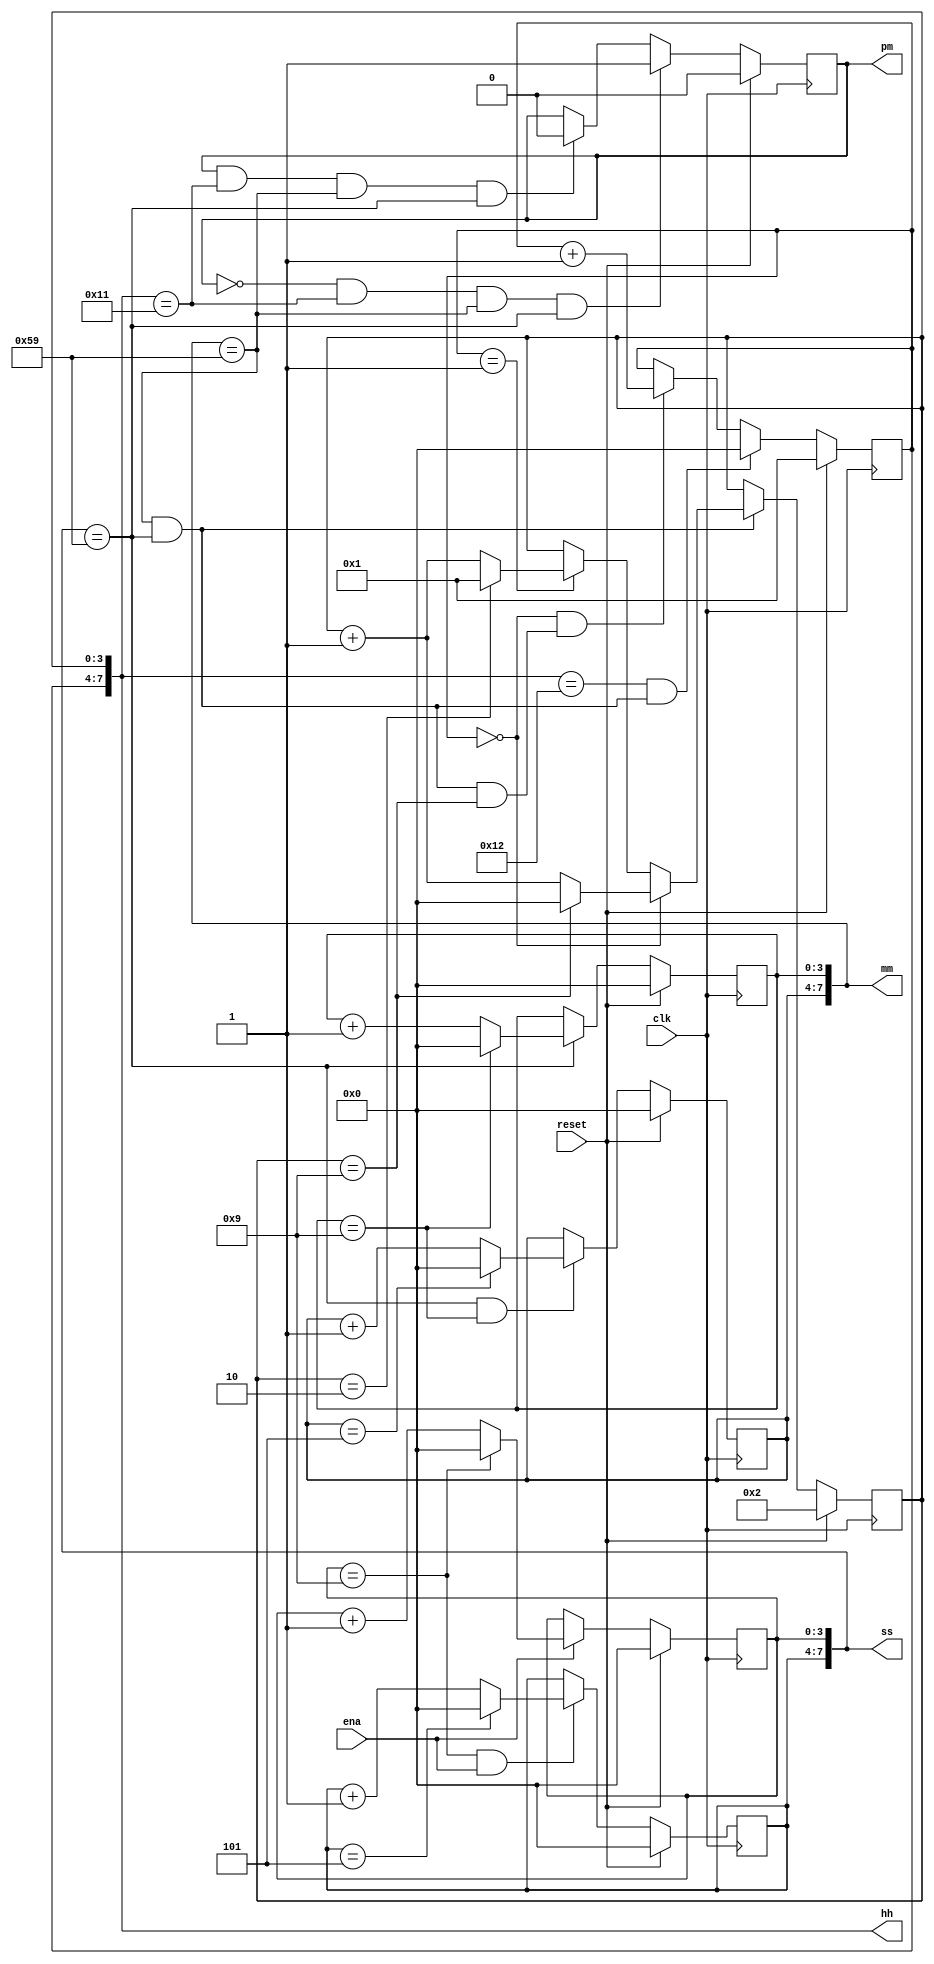
module count_clock(
    input 					clk,
    input 					reset,
    input 					ena,
    output reg 				pm,
    output reg [7:0] 		hh,
    output reg [7:0] 		mm,
    output reg [7:0] 		ss
);// 

    //ss cnt
    wire ss_en_l;
    wire ss_en_h;
    
    assign ss_en_l = ena;
    assign ss_en_h = (ss[3:0] == 4'b1001) && ena;
    
    always @(posedge clk) begin
        if (reset) begin
            ss[3:0] <= 4'h0;
        end else if (ss_en_l) begin
            if (ss[3:0] == 4'b1001)
                ss[3:0] <= 4'd0;
            else 
                ss[3:0] <= ss[3:0] + 1'b1;
        end
    end
    
    always @(posedge clk) begin
        if (reset) begin
            ss[7:4] <= 4'h0;
        end else if (ss_en_h) begin
            if (ss[7:4] == 4'b0101)
                ss[7:4] <= 4'd0;
            else 
                ss[7:4] <= ss[7:4] + 1'b1;
        end
    end
    
    // mm cnt
    wire mm_en_l;
    wire mm_en_h;
    
    assign mm_en_l = ss[7:0] == 8'h59;
    assign mm_en_h = ss[7:0] == 8'h59 && (mm[3:0] == 4'h9);
    
    always @(posedge clk) begin
        if (reset) begin
            mm[3:0] <= 4'h0;
        end else if (mm_en_l) begin
            if (mm[3:0] == 4'b1001)
                mm[3:0] <= 4'd0;
            else 
                mm[3:0] <= mm[3:0] + 1'b1;
        end
    end
    
    always @(posedge clk) begin
        if (reset) begin
            mm[7:4] <= 4'h0;
        end else if (mm_en_h) begin
            if (mm[7:4] == 4'b0101)
                mm[7:4] <= 4'd0;
            else 
                mm[7:4] <= mm[7:4] + 1'b1;
        end
    end   
    
    //hh cnt
    wire hh_en_l;
    wire hh_en_h;
    
    assign hh_en_l = (mm==8'h59) && (ss==8'h59);
    assign hh_en_h = (mm==8'h59) && (ss==8'h59) && (hh[3:0]==4'b1001);
    
    always @(posedge clk) begin
        if (reset) begin
            hh[3:0] <= 4'h2;
        end else if (hh_en_l) begin
            if (hh[7:4] == 4'd0) begin
            	if (hh[3:0] == 4'b1001)
                	hh[3:0] <= 4'd0;
            	else 
                	hh[3:0] <= hh[3:0] + 1'b1;
            end else if (hh[7:4] == 4'd1) begin
                if (hh[3:0] == 4'b0010)
                    hh[3:0] <= 4'd1;
                else
                    hh[3:0] <= hh[3:0] + 1'b1;
            end
        end
    end
    
     always @(posedge clk) begin
        if (reset) begin
            hh[7:4] <= 4'd1;
        end else if (hh[7:0] == 8'h12 && hh_en_l) begin
            hh[7:4] <= 4'd0;
        end else if (hh[7:4]==4'd0 && hh_en_h) begin
            hh[7:4] <= hh[7:4] + 1'b1;
        end
    end   

    //pm flag
    always @(posedge clk) begin
        if (reset) begin
            pm <= 1'b0;
        end else if (pm==1'b0 && hh==8'h11 && mm==8'h59 && ss==8'h59) begin
            pm <= 1'b1;
        end else if (pm==1'b1 && hh==8'h11 && mm==8'h59 && ss==8'h59) begin
            pm <= 1'b0;
        end
    end
    
endmodule